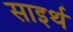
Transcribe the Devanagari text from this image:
साइर्थ